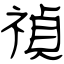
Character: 禎